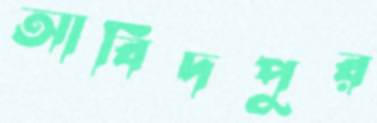
আবিদপুর